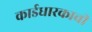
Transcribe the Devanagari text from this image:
कार्डधारकाची